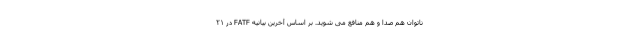
ناتوان هم صدا و هم منافع می شوید. بر اساس آخرین بیانیه FATF در ۲۱